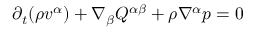
\begin{array} { r } { \partial _ { t } ( \rho v ^ { \alpha } ) + \nabla _ { \beta } Q ^ { \alpha \beta } + \rho \nabla ^ { \alpha } p = 0 } \end{array}